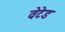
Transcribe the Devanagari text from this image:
वेटेड